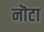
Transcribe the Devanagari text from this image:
नॊटा